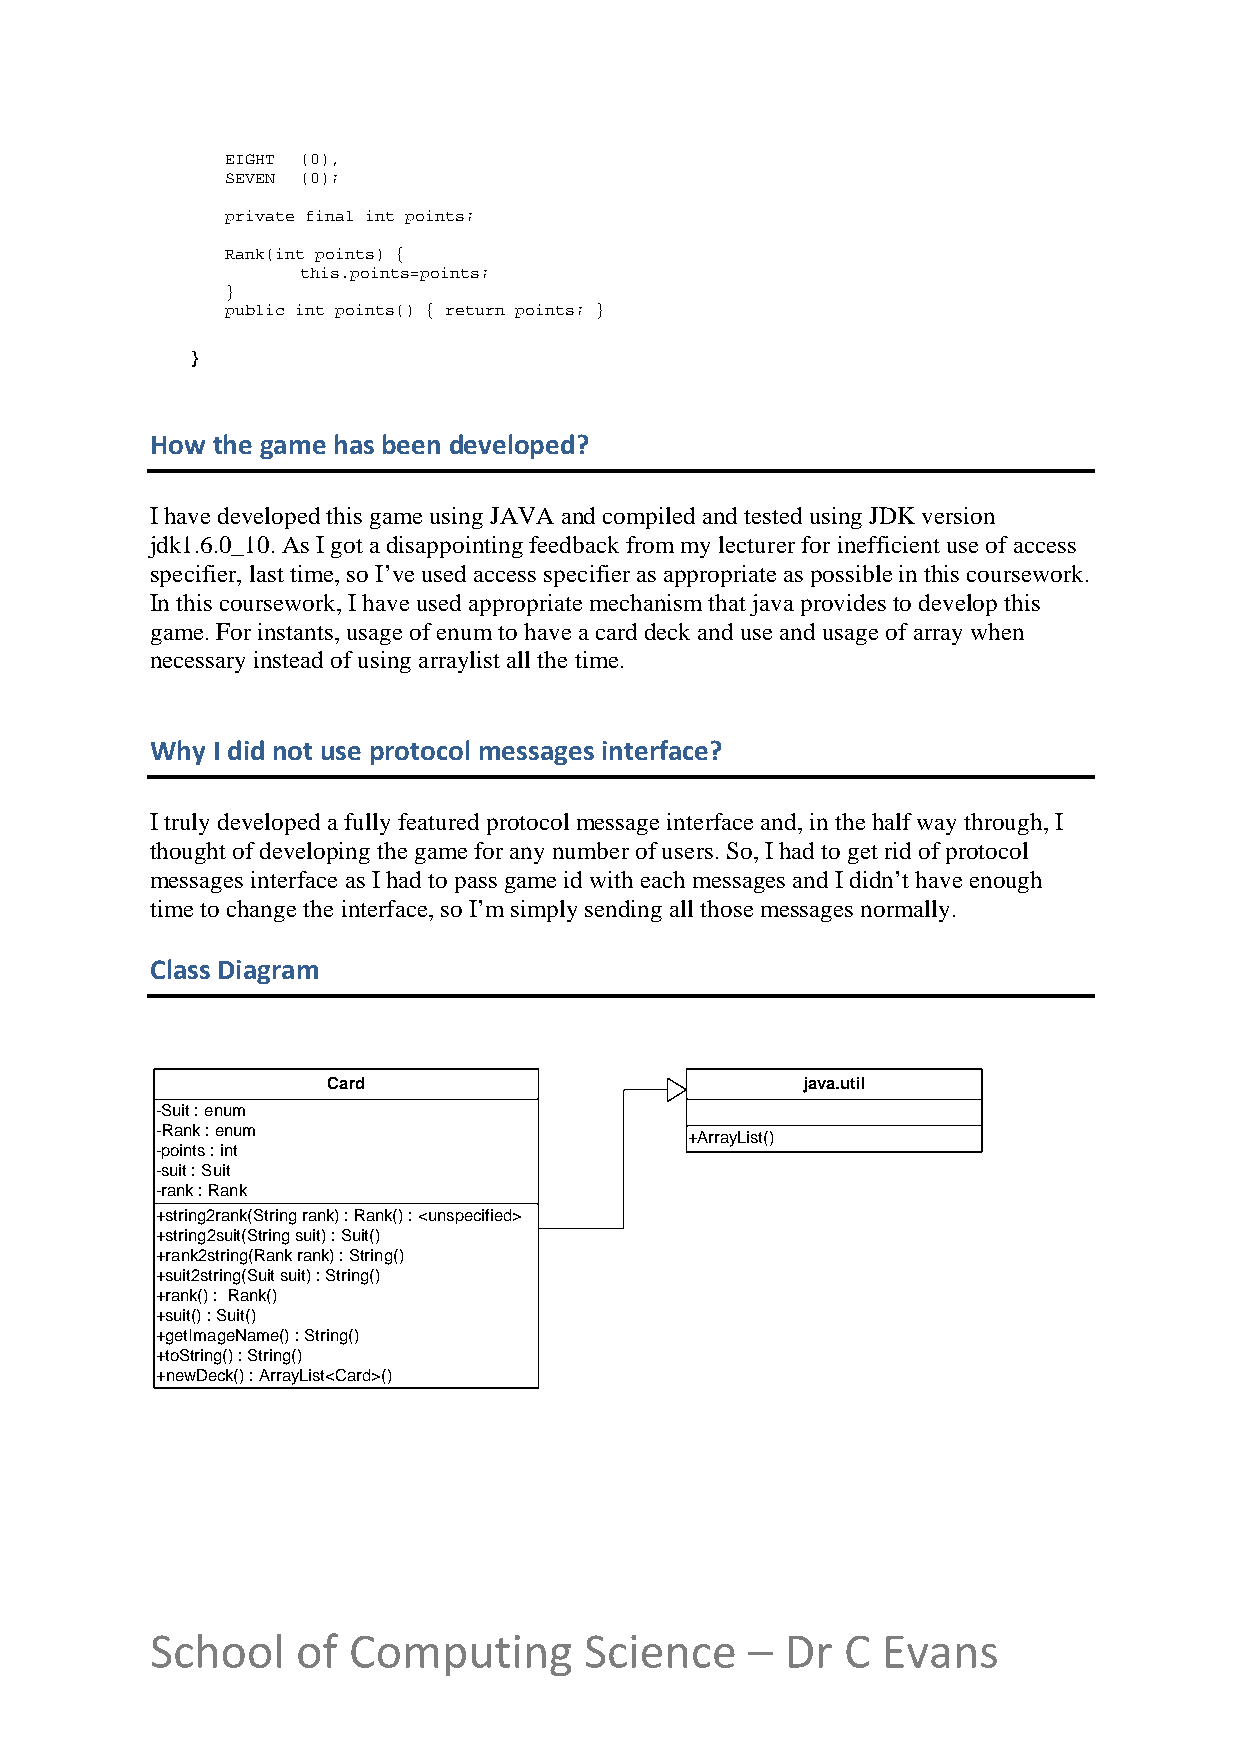
EIGHT (0),
 SEVEN (0);
 private final int points;
 Rank(int points) {
 this.points=points;
 }
 public int points() { return points; }
 }
 How the game has been developed?
 I have developed this game using JAVA and compiled and tested using JDK version
 jdk1.6.0_10. As I got a disappointing feedback from my lecturer for inefficient use of access
 specifier, last time, so I’ve used access specifier as appropriate as possible in this coursework.
 In this coursework, I have used appropriate mechanism that java provides to develop this
 game. For instants, usage of enum to have a card deck and use and usage of array when
 necessary instead of using arraylist all the time.
 Why I did not use protocol messages interface?
 I truly developed a fully featured protocol message interface and, in the half way through, I
 thought of developing the game for any number of users. So, I had to get rid of protocol
 messages interface as I had to pass game id with each messages and I didn’t have enough
 time to change the interface, so I’m simply sending all those messages normally.
 Class Diagram
 Card                           java.util
 -Suit : enum
 -Rank : enum
 +ArrayList()
 -points : int
 -suit : Suit
 -rank : Rank
 +string2rank(String rank) : Rank() : <unspecified>
 +string2suit(String suit) : Suit()
 +rank2string(Rank rank) : String()
 +suit2string(Suit suit) : String()
 +rank() : Rank()
 +suit() : Suit()
 +getImageName() : String()
 +toString() : String()
 +newDeck() : ArrayList<Card>()
 School    of Computing       Science   –  Dr  C Evans